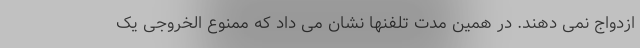
ازدواج نمی دهند. در همین مدت تلفنها نشان می داد که ممنوع الخروجی یک